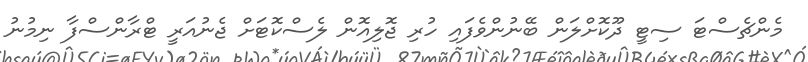
މެންޗެސްޓަ ސިޓީ ދޫކޮށްލަން ބޭނުންވެފައި ހުރި ޖޮލިއޮން ލެސްކޮޓަށް ޖެނުއަރީ ޓްރާންސްފާ ނިމުނު